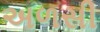
અળસી